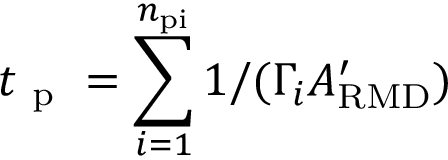
t _ { \mathrm { ~ p ~ } } = \sum _ { i = 1 } ^ { n _ { \mathrm { p i } } } 1 / ( \Gamma _ { i } A _ { \mathrm { R M D } } ^ { \prime } )